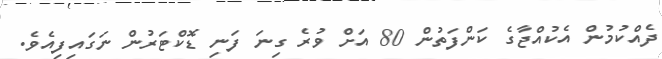
ދެއްކުމުން އެކުއްޖާގެ ކަންފަތުން 80 އަށް ވުރެ ގިނަ ފަނި ޑޮކްޓަރުން ނަގައިފިއެވެ.